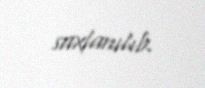
saxlanılıb.